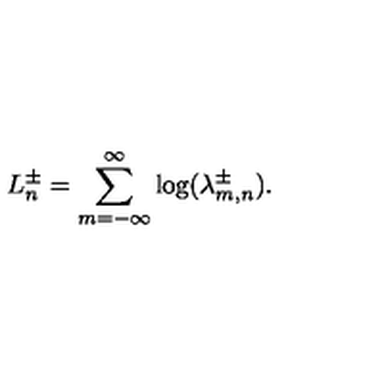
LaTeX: L _ { n } ^ { \pm } = \sum _ { m = - \infty } ^ { \infty } \log ( \lambda _ { m , n } ^ { \pm } ) .